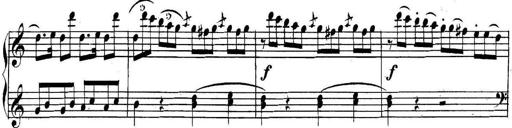
Title: Collected Piano Sonatas
Composer: Muzio Clementi